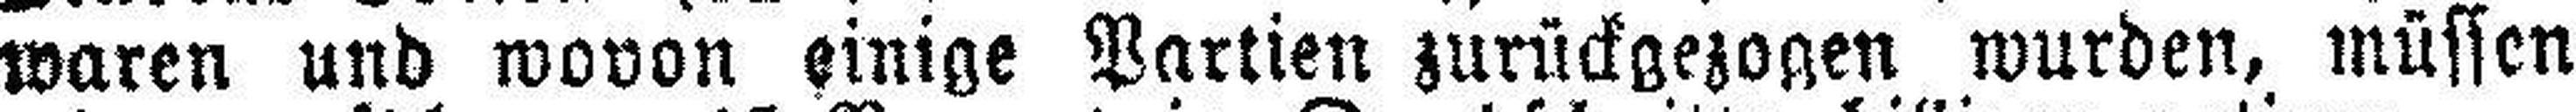
waren und wovon einige Partien zurückgezogen wurden, müssen